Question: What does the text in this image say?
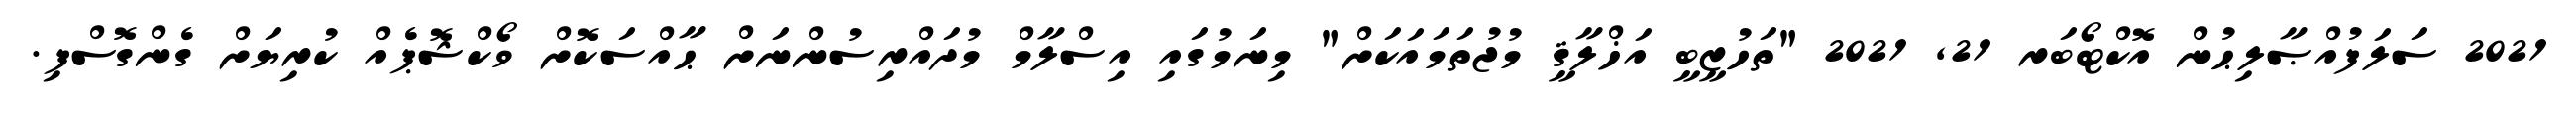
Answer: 2021 ސަލަފުއްޞާލިޙުން އޮކްޓޯބަރ 21, 2021 "ތަހުޒީބީ އަޚްލާޤީ މުޖުތަމައަކަށް" މިނަމުގައި އިސްލާމް މުދައްރިސުންނަށް ޙާއްސަކޮށް ވޯކްޝޮޕެއް ކުރިޔަށް ގެންގޮސްފި.